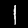
Digit: 1